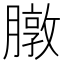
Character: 㬿